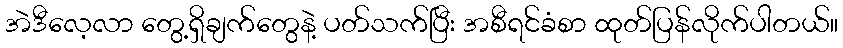
အဲဒီလေ့လာ တွေ့ရှိချက်တွေနဲ့ ပတ်သက်ပြီး အစီရင်ခံစာ ထုတ်ပြန်လိုက်ပါတယ်။